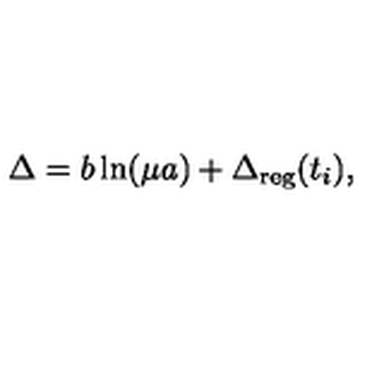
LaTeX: \Delta = b \ln ( \mu a ) + \Delta _ { \mathrm { r e g } } ( t _ { i } ) ,